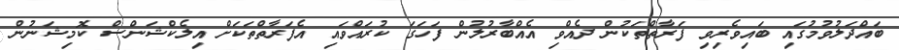
ބައްދަލުވުމުގައި ބައިވެރިވި ފަރާތްތަކުން ދެއްވި އެއްބާރުލުން ފަހަގަ ކުރައްވައި އެފަރާތްތަކަށް އިލެކްޝަންސް ކޮމިޝަނުން